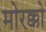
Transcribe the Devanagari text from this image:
मोरक्को